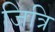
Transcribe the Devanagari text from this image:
जित्रि